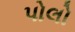
પોલો